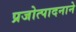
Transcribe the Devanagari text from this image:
प्रजोत्पादनाने